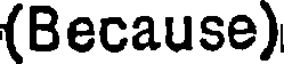
(Because)